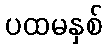
ပထမနှစ်